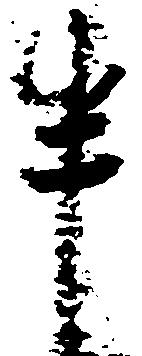
半